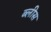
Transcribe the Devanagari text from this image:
ब्लीस